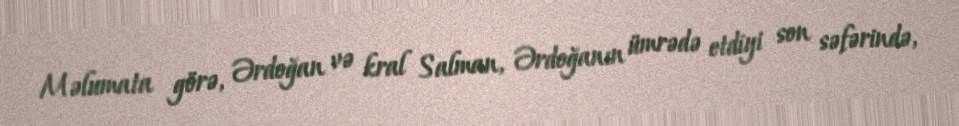
Məlumata görə, Ərdoğan və kral Salman, Ərdoğanın ümrədə etdiyi son səfərində,